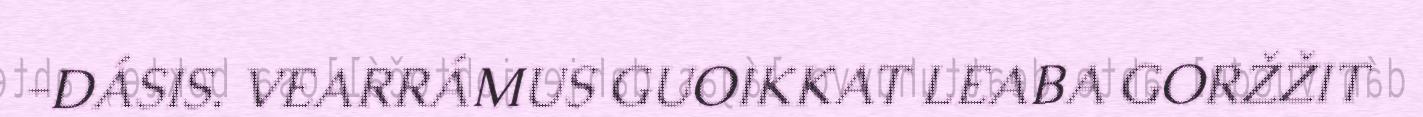
-DÁSIS. VEARRÁMUS GUOIKKAT LEABA GORŽŽIT